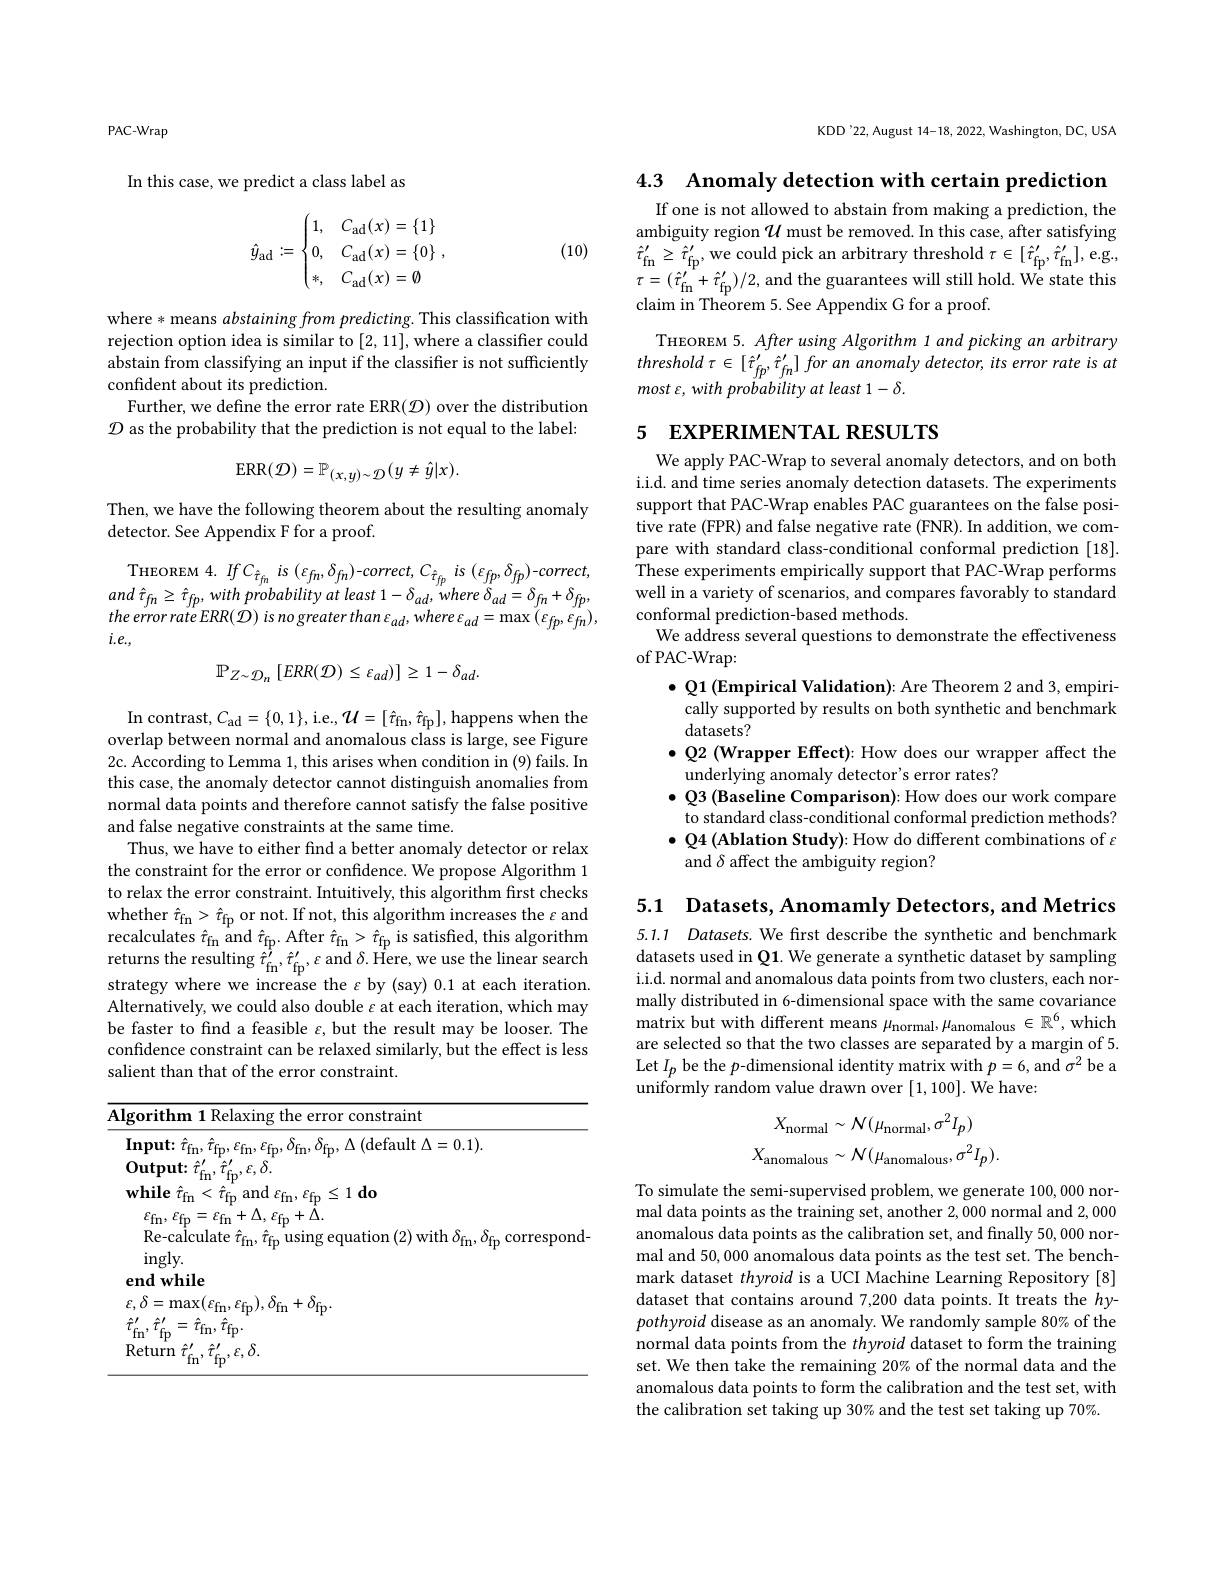
PAC-Wrap

In this case, we predict a class label as
$$\hat{y}_{\mathrm{ad}}:=\begin{cases}1,&C_{\mathrm{ad}}(x)=\{1\}\\0,&C_{\mathrm{ad}}(x)=\{0\}\\*,&C_{\mathrm{ad}}(x)=\emptyset\end{cases},$$
(10)

where * means abstaining from predicting. This classification with rejection option idea is similar to [2,11],where a classifier could abstain from classifying an input if the classifier is not sufficiently confident about its prediction.
Further, we define the error rate ERR($\mathcal{D})$ over the distribution $\mathcal{D}$ as the probability that the prediction is not equal to the label:
$$\mathrm{ERR}(\mathcal{D})=\mathbb{P}_{(x,y)\sim\mathcal{D}}(y\neq\hat{y}|x).$$
Then, we have the following theorem about the resulting anomaly
detector. See Appendix F for a proof.

THEOREM $4.IfC_{\hat{\tau}_{fn}}$ is $(\varepsilon_{fn},\delta_{fn})-correct,C_{\hat{\tau}_{fp}}$ is $(\varepsilon_{fp},\delta_{fp})-correct$, and $\hat{\tau } _{fn}\geq$ $\hat{\tau } _{fp}$, with probability $at$ least $1- \delta _{ad}$, where $\delta _{ad}= \delta _{fn}+ \delta _{fp}$, the error rate $ERR( \dot{\mathcal{D} } )$ $is$ $no$ greater than $\varepsilon _{ad}$, where $\varepsilon _{ad}= \max$ $\left ( \varepsilon _{fp}, \varepsilon _{fn}\right ) $, $i.e.$,
$$\mathbb{P}_{Z\sim\mathcal{D}_{n}}\left[ERR(\mathcal{D})\leq\varepsilon_{ad})\right]\geq1-\delta_{ad}.$$
$\operatorname{In}$ contrast, $C_\mathrm{ad}=\{0,1\}$,i.e., $\mathcal{U} = [ \hat{\tau } _\mathrm{fn}, \hat{\tau } _\mathrm{fp}] $, happens when the overlap between normal and anomalous class is large, see Figure 2c. According to Lemma 1, this arises when condition in (9) fails. In this case, the anomaly detector cannot distinguish anomalies from normal data points and therefore cannot satisfy the false positive and false negative constraints at the same time.
Thus, we have to either find a better anomaly detector or relax the constraint for the error or confidence. We propose Algorithm 1 to relax the error constraint. Intuitively, this algorithm first checks whether $\hat{\tau}_{\mathrm{fn}}>\hat{\tau}_{\mathrm{fp}}$ or not. If not, this algorithm increases the $\varepsilon$ and recalculates $\hat{\tau}_{\mathrm{fn}}$ and $\hat{\tau}_{\mathrm{fp}}.$ After $\hat{\tau}_{\mathrm{fn}}>\hat{\tau}_{\mathrm{fp}}$ is satisfied, this algorithm returns the resulting $\hat{\tau}_{\mathrm{fn}}^{\prime},\hat{\tau}_{\mathrm{fp}}^{\prime},\varepsilon$ and $\delta.$Here, we use the linear search strategy where we increase the $\varepsilon$ by (say) 0.1 at each iteration. Alternatively, we could also double $\varepsilon$ at each iteration, which may be faster to find a feasible $\varepsilon$, but the result may be looser. The confidence constraint can be relaxed similarly, but the effect is less salient than that of the error constraint.

<table>
	<tbody>
		<tr>
			<td>$AI$</td>
			<td>Algorithm 1 Relaxing the error constraint</td>
			<td>constraint $hm$</td>
		</tr>
	</tbody>
</table>

KDD'22, August 14-18, 2022, Washington, DC, USA

4.3 Anomaly detection with certain prediction

If one is not allowed to abstain from making a prediction, the ambiguity region $\mathcal{U}$ must be removed. In this case, after satisfying $\hat{\tau}_{\mathrm{fn}}^{\prime}\geq\hat{\tau}_{\mathrm{fp}}^{\prime}$,we could pick an arbitrary threshold $\tau\in[\hat{\tau}_{\mathrm{fp}}^{\prime},\hat{\tau}_{\mathrm{fn}}^{\prime}]$,e.g, $\tau=(\hat{\tau}_{\mathrm{fn}}^{\prime}+\hat{\tau}_{\mathrm{fp}}^{\prime})/2$,and the guarantees will still hold. We state this claim in Theorem 5. See Appendix G for a proof.

THEOREM 5. After using Algorithm 1 and picking an arbitrary $threshold\tau\in[\hat{\tau}_{fp}^{\prime},\hat{\tau}_{fn}^{\prime}]$ for an anomaly detector, its error rate is at most $\varepsilon $, with probability $at$ least $1- \delta .$

# 5 EXPERIMENTAL RESULTS

We apply PAC-Wrap to several anomaly detectors, and on both i.i.d. and time series anomaly detection datasets. The experiments support that PAC-Wrap enables PAC guarantees on the false positive rate (FPR) and false negative rate (FNR). In addition, we compare with standard class-conditional conformal prediction [18]. These experiments empirically support that PAC-Wrap performs well in a variety of scenarios, and compares favorably to standard conformal prediction-based methods
We address several questions to demonstrate the effectiveness
of PAC-Wrap:
$\bullet$ Q1 (Empirical Validation): Are Theorem 2 and 3, empirically supported by results on both synthetic and benchmark datasets?
$\bullet$ Q2 (Wrapper Effect): How does our wrapper affect the
underlying anomaly detector's error rates?
$\bullet$ Q3 (Baseline Comparison): How does our work compare to standard class-conditional conformal prediction methods? $\bullet$ Q4 (Ablation Study): How do different combinations of $\varepsilon$ and $\delta$ affect the ambiguity region?

5.1 Datasets, Anomamly Detectors, and Metrics

5.1.1 Datasets. We first describe the synthetic and benchmark datasets used in Q1. We generate a synthetic dataset by sampling i.i.d. normal and anomalous data points from two clusters, each normally distributed in 6-dimensional space with the same covariance ${\mathrm{matrix~but~with~different~means~}}\mu_{\mathrm{normal}},\mu_{\mathrm{anomalous~}}\in\mathbb{R}^{6}$,which are selected so that the two classes are separated by a margin of 5. Let $I_p$ be the $p$-dimensional identity matrix with $p=6$, and $\sigma^2$ be a $\bar{\text{uniformly random value drawn over }}[1,100].$We have:
$$\begin{aligned}X_{\mathrm{normal}}&\sim\mathcal N(\mu_{\mathrm{normal}},\sigma^{2}I_{p})\\X_{\mathrm{anomalous}}&\sim\mathcal N(\mu_{\mathrm{anomalous}},\sigma^{2}I_{p}).\end{aligned}$$
To simulate the semi-supervised problem, we generate 100, 0000 normal data points as the training set, another 2,000 normal and 2, 000 anomalous data points as the calibration set, and finally 50, 000 normal and 50, 000 anomalous data points as the test set. The benchmark dataset thyroid is a UCI Machine Learning Repository [8] dataset that contains around 7,200 data points. It treats the hypothyroid disease as an anomaly. We randomly sample 80% of the normal data points from the thyroid dataset to form the training set. We then take the remaining 20% of the normal data and the anomalous data points to form the calibration and the test set, with the calibration set taking up 30% and the test set taking up 70%.